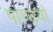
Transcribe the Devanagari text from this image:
पाण्ड्वों